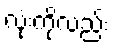
လုံးကိုလည်း